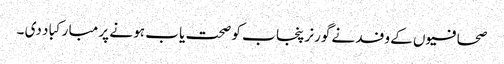
صحافیو ں کے وفد نے گورنر پنجا ب کو صحت یا ب ہو نے پر مبا رکبا د دی ۔